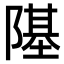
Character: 𨼂